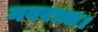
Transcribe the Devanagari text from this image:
नवरात्रा।